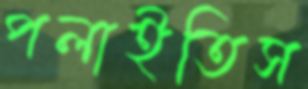
পলাইতিস